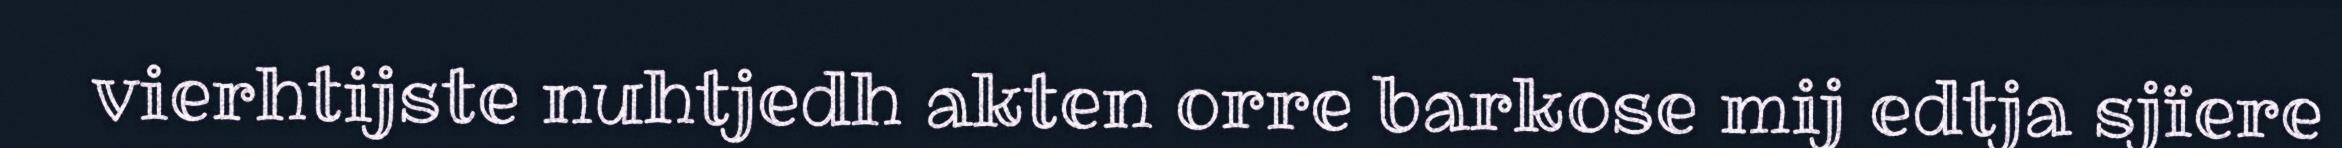
vierhtijste nuhtjedh akten orre barkose mij edtja sjïere